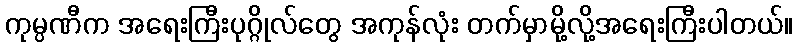
ကုမ္ပဏီက အရေးကြီးပုဂ္ဂိုလ်တွေ အကုန်လုံး တက်မှာမို့လို့အရေးကြီးပါတယ်။